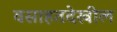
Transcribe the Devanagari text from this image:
वसाहतदेखील